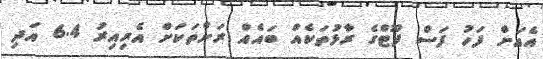
އެއަށް ފަހު ފަސް ފޫޓްގެ ރާޅުތަކެއް ބައެއް ރަށްތަކަށް އެރިއިރު 6.4 އަދި